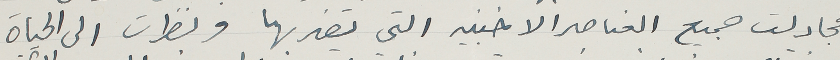
فجادلت جميع العناصر الاخنبيه التي تضربها ونظرت الى الحياة